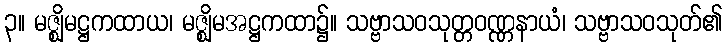
၃။ မဇ္ဈိမဋ္ဌကထာယ၊ မဇ္ဈိမအဋ္ဌကထာ၌။ သဗ္ဗာသဝသုတ္တဝဏ္ဏနာယံ၊ သဗ္ဗာသဝသုတ်၏